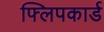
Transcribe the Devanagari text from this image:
फ्लिपकार्ड